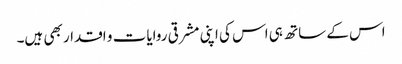
اس کے ساتھ ہی اس کی اپنی مشرقی روایات و اقدار بھی ہیں۔